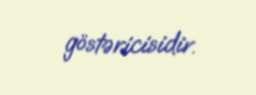
göstəricisidir.